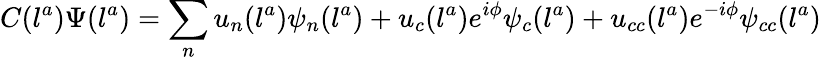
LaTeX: C(l^{a})\Psi(l^{a})=\sum_{n}u_{n}(l^{a})\psi_{n}(l^{a})+u_{c}(l^{a})e^{i\phi}\psi_{c}(l^{a})+u_{cc}(l^{a})e^{-i\phi}\psi_{cc}(l^{a})